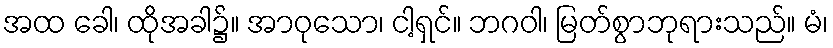
အထ ခေါ၊ ထိုအခါ၌။ အာဝုသော၊ ငါ့ရှင်။ ဘဂဝါ၊ မြတ်စွာဘုရားသည်။ မံ၊